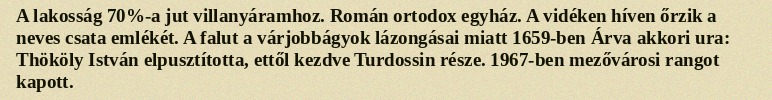
A lakosság 70%-a jut villanyáramhoz. Román ortodox egyház. A vidéken híven őrzik a neves csata emlékét. A falut a várjobbágyok lázongásai miatt 1659-ben Árva akkori ura: Thököly István elpusztította, ettől kezdve Turdossin része. 1967-ben mezővárosi rangot kapott.